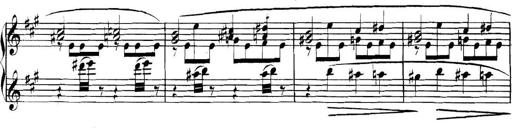
Title: Collected Piano Sonatas
Composer: Muzio Clementi